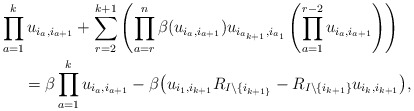
\begin{gather*} \prod_{a=1}^{k} u_{i_{a},i_{a+1}} +\sum_{r=2}^{k+1} \left( \prod_{a=r}^{n} \beta (u_{i_{a},i_{a+1}}) u_{i_{a_{k+1}},i_{a_{1}}} \left( \prod_{a=1}^{r-2}u_{i_{a},i_{a+1}}\right)\right)\\\qquad{} = \beta \prod_{a=1}^{k} u_{i_{a},i_{a+1}} - \beta \big( u_{i_{1},i_{k+1}} R_{ I{\setminus} \{i_{k+1\}}} - R_{I{\setminus}\{i_{k+1}\}} u_{i_{k},i_{k+1}} \big), \end{gather*}